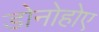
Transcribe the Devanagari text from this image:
डोनोहोए